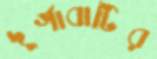
দুর্গাবাটির